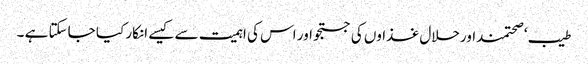
طیب ‘ صحتمنداورحلال غذاوں کی جستجو اور اس کی اہمیت سے کیسے انکار کیا جاسکتا ہے ۔